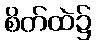
စိတ်ထဲ၌